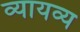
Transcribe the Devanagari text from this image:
व्यायव्य